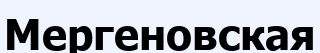
Мергеновская